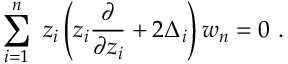
\sum _ { i = 1 } ^ { n } \ z _ { i } \left( z _ { i } { \frac { \partial } { \partial z _ { i } } } + 2 \Delta _ { i } \right) w _ { n } = 0 \ .